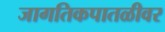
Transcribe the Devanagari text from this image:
जागतिकपातळीवर